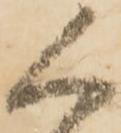
く